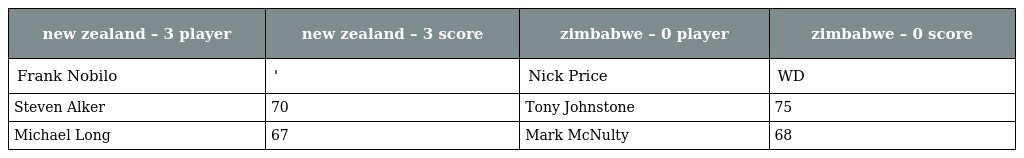
| new zealand – 3 player | new zealand – 3 score | zimbabwe – 0 player | zimbabwe – 0 score |
 | --- | --- | --- | --- |
 | Frank Nobilo | ' | Nick Price | WD |
 | Steven Alker | 70 | Tony Johnstone | 75 |
 | Michael Long | 67 | Mark McNulty | 68 |